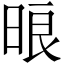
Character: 㫰